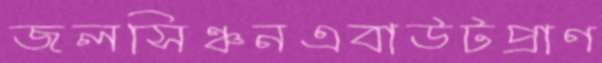
জলসিঞ্চনএবাউটপ্রাণ